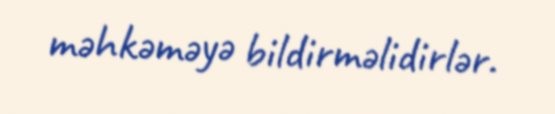
məhkəməyə bildirməlidirlər.